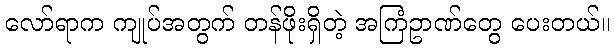
လော်ရာက ကျုပ်အတွက် တန်ဖိုးရှိတဲ့ အကြံဥာဏ်တွေ ပေးတယ်။